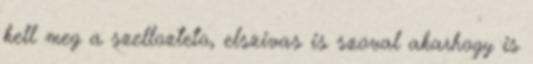
kell meg a szellozteto, elszivas is szoval akarhogy is